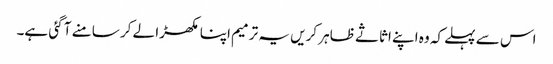
اس سے پہلے کہ وہ اپنے اثاثے ظاہر کریں یہ ترمیم اپنا مکھڑا لے کر سامنے آ گئی ہے۔